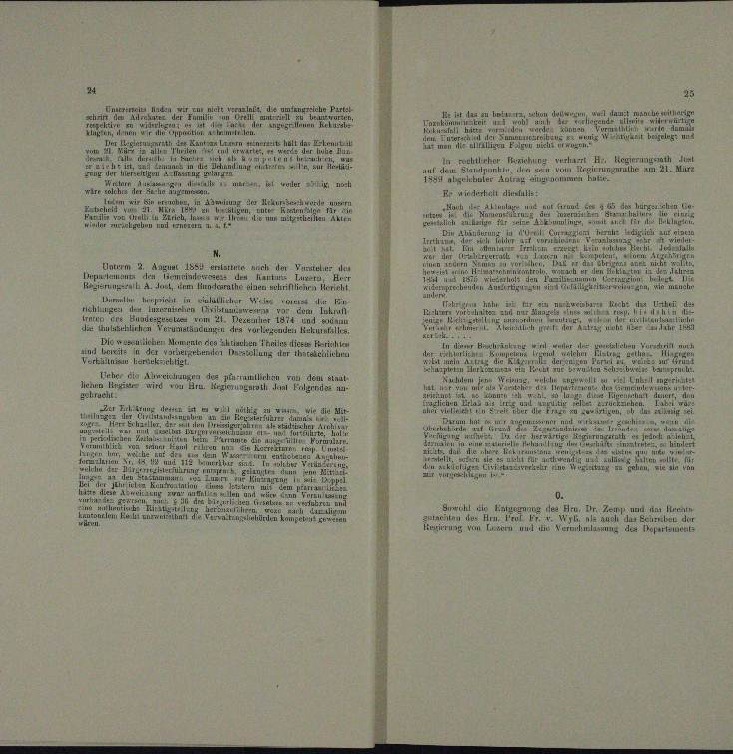
a Parte
Er i
etung an der einen
n
e

u

u
u

mn Genert hat

rcherher Reichung verharrt Hr. Regierungsrat

u
aus dem Be
e am 2.
.
abs
dee eine an einem bot, woller Billiges, will
ver un
Er wiederhalt diesfallz
Abmitzung

Hauh der Anlage und auf
 des Bürgschen
frund der
e

.
n
u
 ont

M.
.

1 1884 entst
Unt
m
nach der Verab
ne
des
u
n
Bpenstenmaur den
und
zer den Hantur
n
m

Brude
iegen schriftlichen Herre
u
u
g
tr si
weih

.
s

n
eulicher Meinmal des acht
iheit
exte
hten
ehen Vorschrist um

 Bnn

scheint unter
aten der
Einicum
n

u
u
.

u
her die Abreiten
 des pfarramtlichen
dem

n
d
Arn. Regierung

n
 e w
nte un

a
dessen

.
.
n Fe
i
.
n

.
¬
.
.
.
u
n

.
                              1. Jans, mit ein werden

.